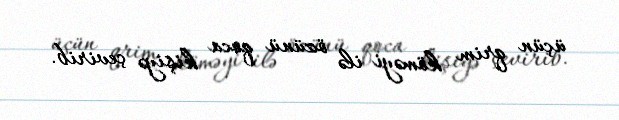
üçün qrim köməyi ilə özünü qoca kişiyə çevirib.